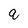
Character: q